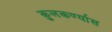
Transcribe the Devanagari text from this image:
कुलकर्ण्यास